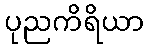
ပုညကိရိယာ